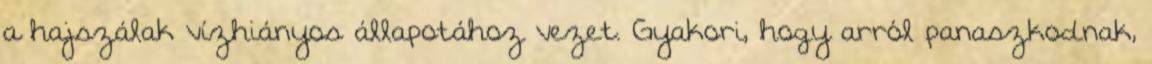
a hajszálak vízhiányos állapotához vezet. Gyakori, hogy arról panaszkodnak,